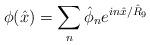
LaTeX: \begin{align*}\phi ( \hat{x}) = \sum_{n} \hat{\phi}_n e^{in \hat{x}/\hat{R}_9}\end{align*}